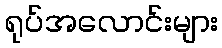
ရုပ်အလောင်းများ